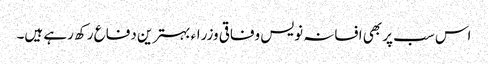
اس سب پر بھی افسانہ نویس وفاقی وزراء بہترین دفاع رکھ رہے ہیں۔